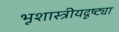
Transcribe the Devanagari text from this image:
भूशास्त्रीयदृष्ट्या